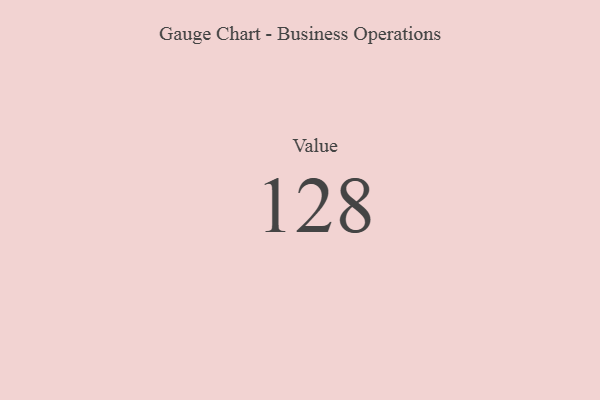
{"axis": {"x": "Metric", "y": "Value"}, "legend": [""], "data": [{"x": "Value", "y": 128, "type": ""}]}